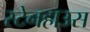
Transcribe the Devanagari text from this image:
स्टेनहाउस